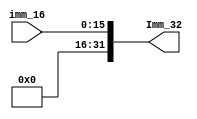
`timescale 1ns / 1ps
//////////////////////////////////////////////////////////////////////////////////
// Company: 
// Engineer: 
// 
// Design Name: 
// Module Name:    UExt_32 
// Project Name: 
// Target Devices: 
// Tool versions: 
// Description: 
//
// Dependencies: 
//
// Revision: 
// Revision 0.01 - File Created
// Additional Comments: 
//
//////////////////////////////////////////////////////////////////////////////////
module UExt_32(
	input [15:0] imm_16,
	output [31:0] Imm_32
    );
	assign Imm_32 = {16'h0000,imm_16};

endmodule